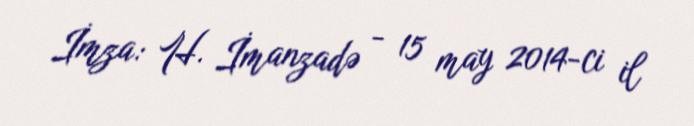
İmza: H. İmanzadə - 15 may 2014-ci il